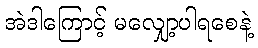
အဲဒါကြောင့် မလျှော့ပါရစေနဲ့